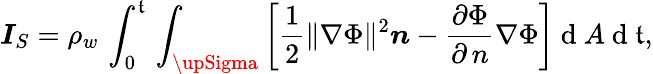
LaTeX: \boldsymbol{I}_{S}=\rho_{w}\, \int_{0}^{\mathfrak{t}}\, \int_{\upSigma}\left[\frac{{1}}{{2}}\lVert\nabla\Phi\rVert^{2}\boldsymbol{n}-\frac{{\partial\Phi}}{{\partial\, n}}\nabla\Phi\right]\mathrm{{~d~}}A\mathrm{{~d~}}\mathfrak{t},